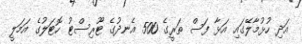
އަދި ހުޅުމާލޭގައި އަޅާ ފަސް ތަރީގެ 500 އެނދުގެ ޓޫރިސްޓު ހޮޓަލުގެ އަމަލީ